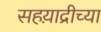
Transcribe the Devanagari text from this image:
सहय़ाद्रीच्या